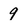
Character: 9